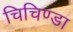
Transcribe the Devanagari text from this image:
चिचिण्डा